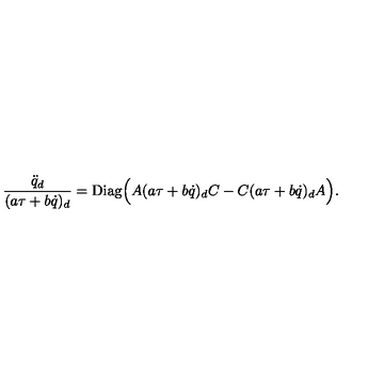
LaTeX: { \frac { { \ddot { q } } _ { d } } { ( a \tau + b \dot { q } ) _ { d } } } = \mathrm { D i a g } \Big ( A ( a \tau + b \dot { q } ) _ { d } C - C ( a \tau + b \dot { q } ) _ { d } A \Big ) .